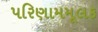
પરિણામમૂલક